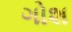
ગોશ